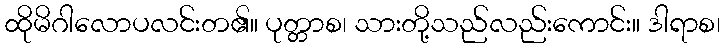
ထိုမိဂါလောပလင်းတ၏။ ပုတ္တာစ၊ သားတို့သည်လည်းကောင်း။ ဒါရာစ၊